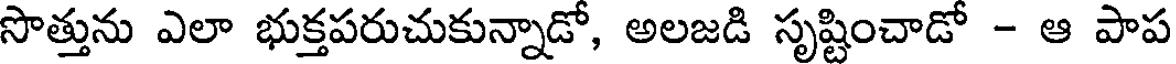
సొత్తును ఎలా భుక్తపరుచుకున్నాడో, అలజడి సృష్టించాడో - ఆ పాప